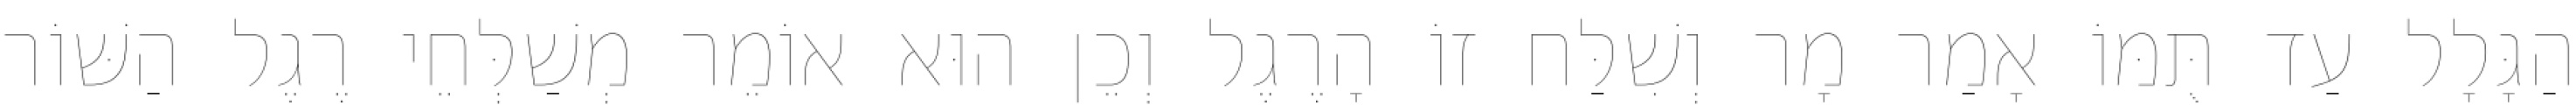
הַגָּלָל עַד תֻּמּוֹ אָמַר מָר וְשִׁלַּח זוֹ הָרֶגֶל וְכֵן הוּא אוֹמֵר מְשַׁלְּחֵי רֶגֶל הַשּׁוֹר